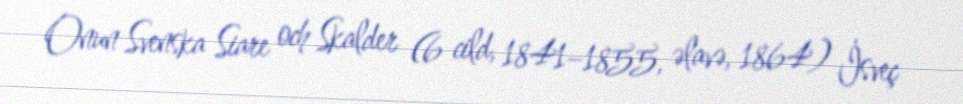
Onun Svenska Siare och Skalder (6 cild, 1841–1855, əlavə, 1864) İsveç